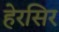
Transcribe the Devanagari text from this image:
हेरसिर